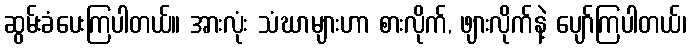
ဆွမ်းခံပေးကြပါတယ်။ အားလုံး သံဃာများဟာ စားလိုက်, ဖျားလိုက်နဲ့ ပျော်ကြပါတယ်၊